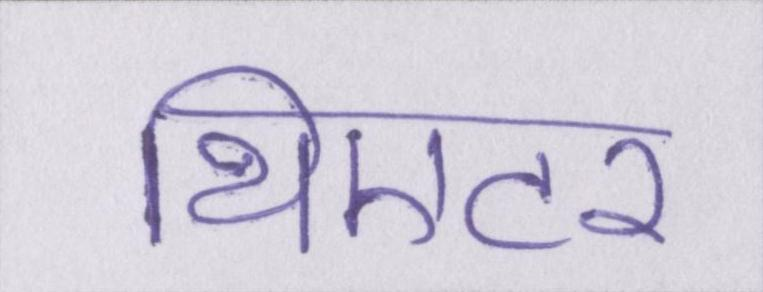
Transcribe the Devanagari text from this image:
थिएटर